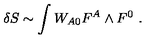
\delta S \sim \int W _ { A 0 } F ^ { A } \wedge F ^ { 0 } \ .